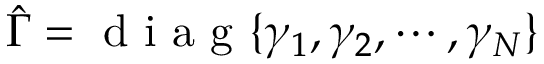
\hat { \Gamma } = \mathrm { ~ d ~ i ~ a ~ g ~ } \{ \gamma _ { 1 } , \gamma _ { 2 } , \cdots , \gamma _ { N } \}